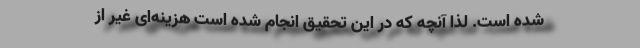
شده است. لذا آنچه که در این تحقیق انجام شده است هزینه‌‌ای غیر از